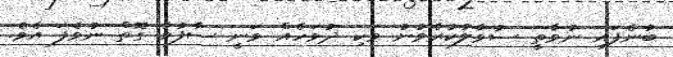
ބުނެފައި ނުވާތީ ސުވާލުކުރެވުނު ވަކި ދުވަހެއް ވަނީ ސާފުވާ ގޮތް ނުވެފަ އެވެ.